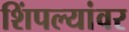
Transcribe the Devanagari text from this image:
शिंपल्यांवर